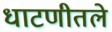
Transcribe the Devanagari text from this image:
धाटणीतले